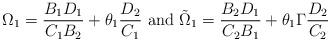
LaTeX: \begin{align*}\Omega_1={B_1 D_1\over C_1 B_2}+\theta_1 {D_2\over C_1}\ {\rm and}\ \tilde\Omega_1={B_2 D_1\over C_2 B_1}+\theta_1\Gamma {D_2\over C_2}\end{align*}